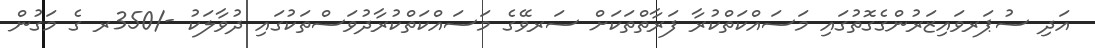
އަދި ސުޕަރވައިޒަރުންގެގޮތުގައި މަސައްކަތްކުރާ ފަރާތްތަކަށް ސަރވޭގެ މަސައްކަތްކުރާދުވަސްތަކުގައި ދުވާލަކު -/350ރ ގެ މަގުން